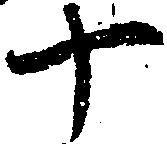
十